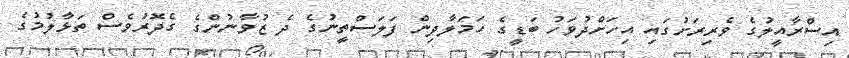
އިސްރާއީލުގެ ވެރިރަށުގައި އިހަށްދުވަހު ބަޑީގެ ހަމަލާދިން ފަލަސްތީނުގެ ދެ ޒުވާނުންގެ ގެދޮރުވެސް ތަޅާލުމުގެ